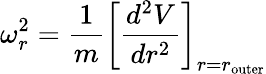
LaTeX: \omega_{r}^{2}={\frac{1}{m}}\left[{\frac{d^{2}V}{dr^{2}}}\right]_{r=r_{\mathrm{outer}}}